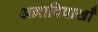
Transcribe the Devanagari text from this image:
अल्लादियाखाँ